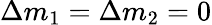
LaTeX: \Delta m_{1}=\Delta m_{2}=0